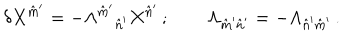
\delta X ^ { \hat { m } ^ { \prime } } = - \Lambda ^ { \hat { m } ^ { \prime } } { } _ { \hat { n } ^ { \prime } } X ^ { \hat { n } ^ { \prime } } \, ; \qquad \Lambda _ { \hat { m } ^ { \prime } \hat { n } ^ { \prime } } = - \Lambda _ { \hat { n } ^ { \prime } \hat { m } ^ { \prime } } \, .